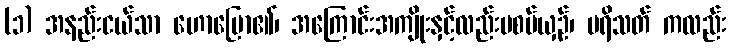
(၁) အနည်းငယ်သာ ဟောပြော၏၊ အကြောင်းအကျိုးနှင့်လည်းမစပ်ယှဉ်၊ ပရိသတ် ကလည်း